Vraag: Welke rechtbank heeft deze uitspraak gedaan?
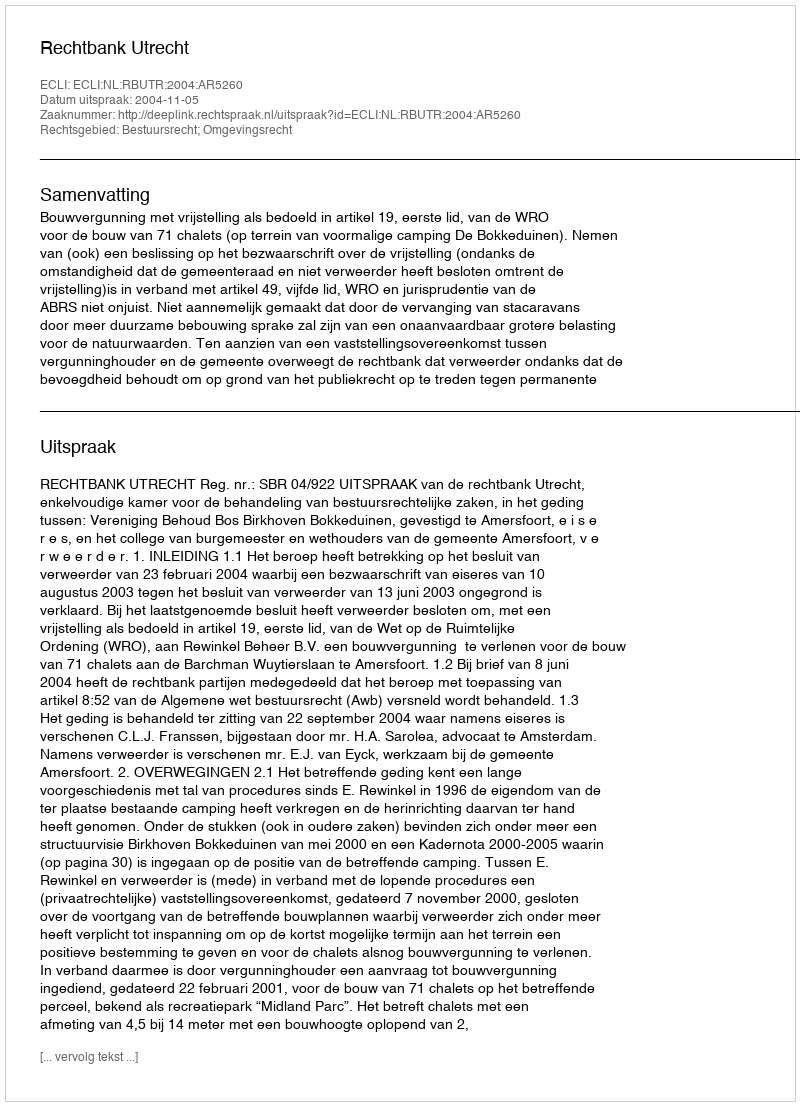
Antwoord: Rechtbank Utrecht